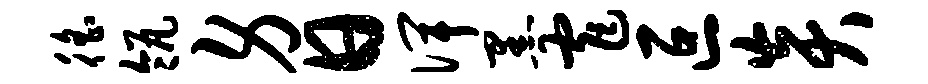
徭瓴身日俾黑窄叵炎